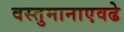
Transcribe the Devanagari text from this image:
वस्तुमानाएवढे